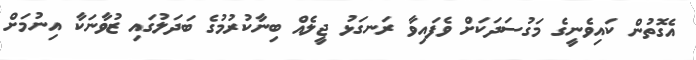
އެގޮތުން ކައިވެނީގެ މަގުސަދަކަށް ވެފައިވާ ރަނގަޅު ޖީލެއް ބިނާކުރުމުގެ ބަދަލުގައި ޒުވާނަކާ އިނުމަށް